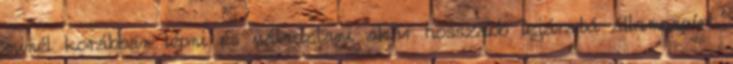
minél korábban lépni és választani akár hosszabb lejáratú állampapírt